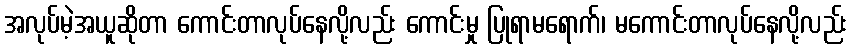
အလုပ်မဲ့အယူဆိုတာ ကောင်းတာလုပ်နေလို့လည်း ကောင်းမှု ပြုရာမရောက်၊ မကောင်းတာလုပ်နေလို့လည်း